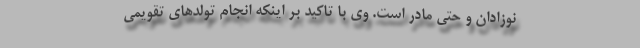
نوزادان و حتی مادر است. وی با تاکید بر اینکه انجام تولدهای تقویمی